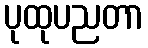
ပုထုပညတာ